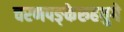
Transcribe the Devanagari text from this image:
चरणपङ्केरुहयुगे